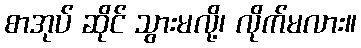
စာအုပ် ဆိုင် သွားမလို့၊ လိုက်မလား။